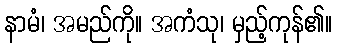
နာမံ၊ အမည်ကို။ အကံသု၊ မှည့်ကုန်၏။